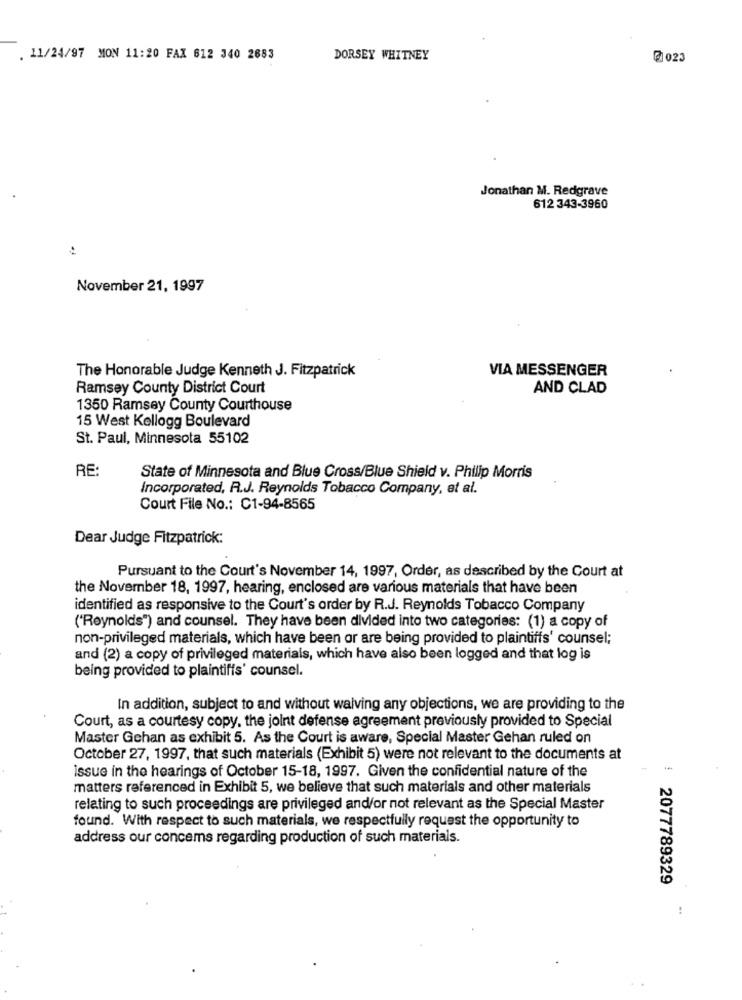
. 11/24/97 MON 11:20 FAX 612 340 2683
DORSEY WHITNEY
@023
Jonathan M. Redgrave
612 343-3960
November 21, 1997
The Honorable Judge Kenneth J. Fitzpatrick
VIA MESSENGER
Ramsey County District Court
AND CLAD
1350 Ramsey County Courthouse
15 West Kellogg Boulevard
St. Paul, Minnesota 55102
RE
State of Minnesota and Blue Cross/Blue Shield v. Philip Morris
Incorporated, R.J. Reynolds Tobacco Company, et al.
Court File No .: C1-94-8565
Dear Judge Fitzpatrick:
Pursuant to the Court's November 14, 1997, Order, as described by the Court at
the November 18, 1997, hearing, enclosed are various materials that have been
identified as responsive to the Court's order by R.J. Reynolds Tobacco Company
('Reynolds") and counsel. They have been divided into two categories: (1) a copy of
non-privileged materials, which have been or are being provided to plaintiffs' counsel;
and (2) a copy of privileged materials, which have also been logged and that log is
being provided to plaintiffs' counsel.
In addition, subject to and without waiving any objections, we are providing to the
Court, as a courtesy copy, the joint defense agreement previously provided to Special
Master Gehan as exhibit 5. As the Court is aware, Special Master Gehan ruled on
October 27, 1997, that such materials (Exhibit 5) were not relevant to the documents at
issue in the hearings of October 15-18, 1997. Given the confidential nature of the
matters referenced in Exhibit 5, we believe that such materials and other materials
relating to such proceedings are privileged and/or not relevant as the Special Master
found. With respect to such materials, we respectfully request the opportunity to
address our concerns regarding production of such materials.
2077789329
: